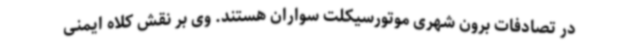
در تصادفات برون شهری موتورسیکلت سواران هستند. وی بر نقش کلاه ایمنی